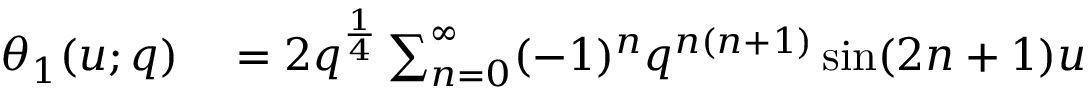
\begin{array} { r l } { \theta _ { 1 } ( u ; q ) } & { { } = 2 q ^ { \frac { 1 } { 4 } } \sum _ { n = 0 } ^ { \infty } ( - 1 ) ^ { n } q ^ { n ( n + 1 ) } \sin ( 2 n + 1 ) u } \end{array}